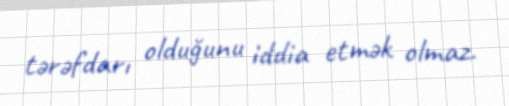
tərəfdarı olduğunu iddia etmək olmaz.